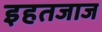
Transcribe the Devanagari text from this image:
इहतजाज